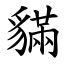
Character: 䝡